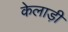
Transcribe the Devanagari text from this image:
केलाड़ी